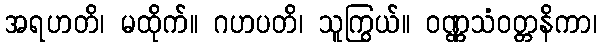
အရဟတိ၊ မထိုက်။ ဂဟပတိ၊ သူကြွယ်။ ဝဏ္ဏသံဝတ္တနိကာ၊